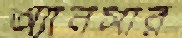
অ্যানসার